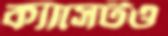
ক্যাসেটও